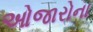
ઓજારોના